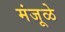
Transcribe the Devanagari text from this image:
मंजूळे